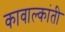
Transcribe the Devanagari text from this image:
कावाल्कांती